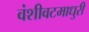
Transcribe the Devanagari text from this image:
वंशीवटमाधुरी